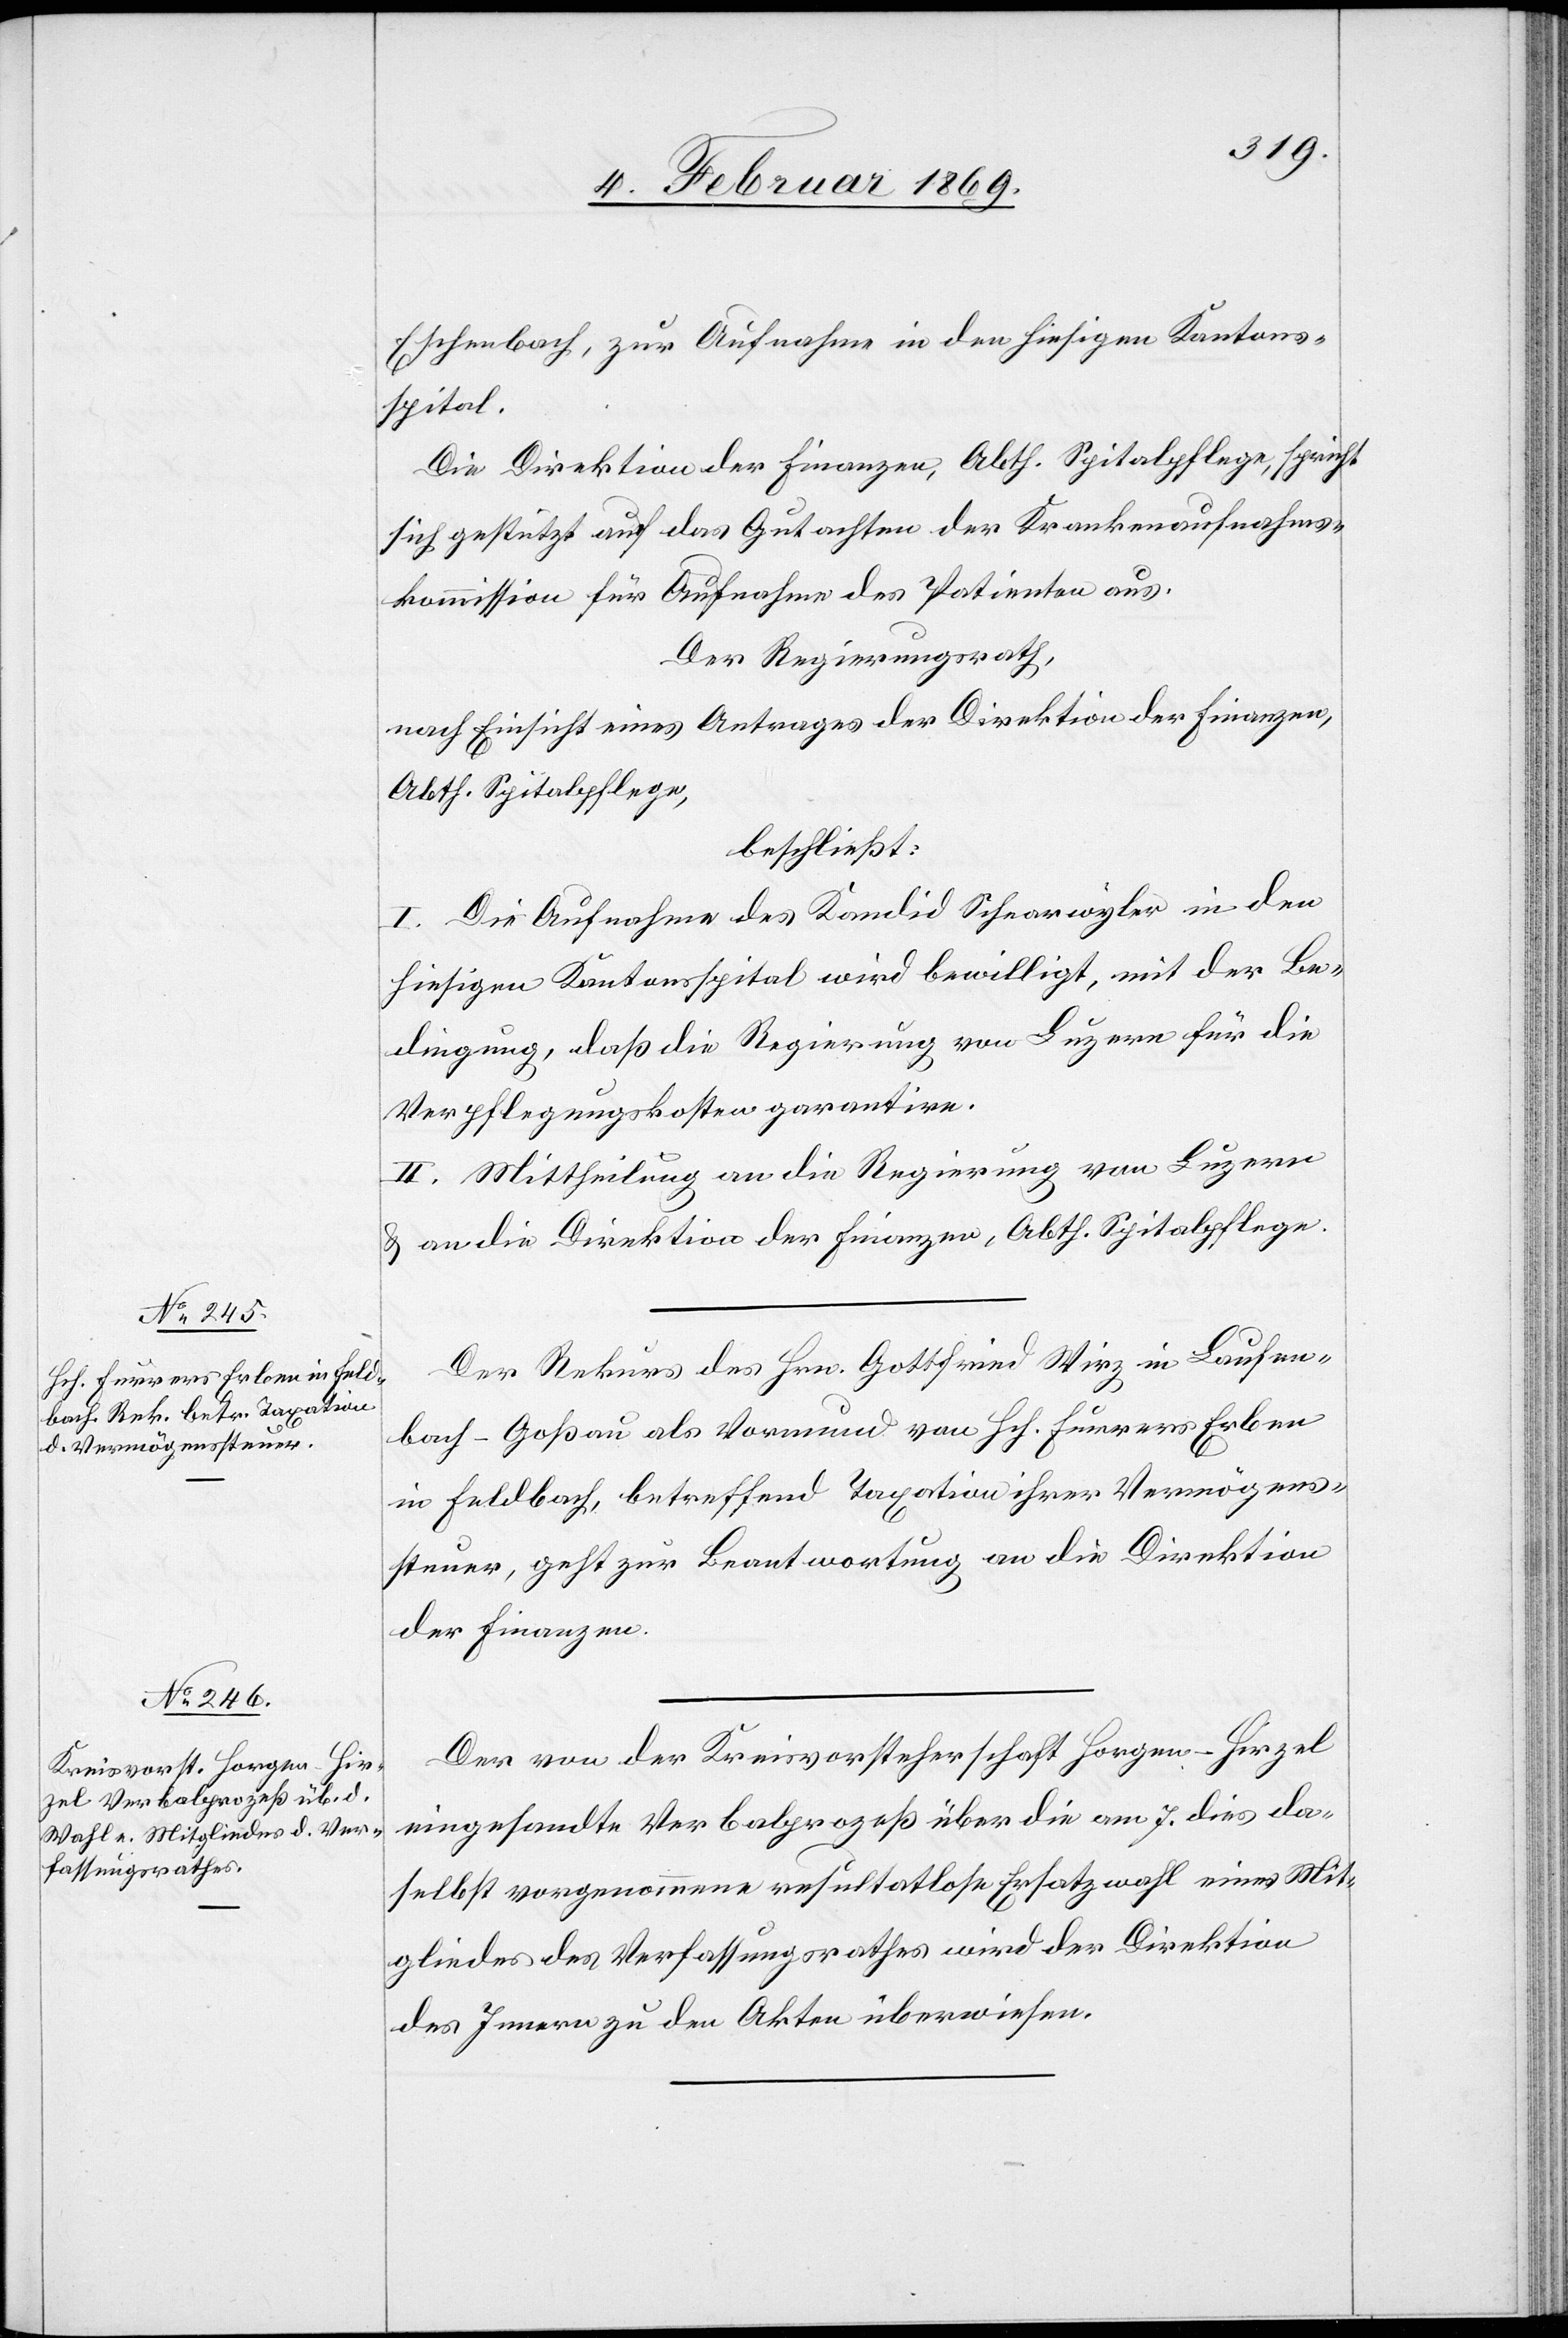
9. Februar 1869.]
Eschenbach, zur Aufnahme in den hiesigen Kantons¬
spital.
Die Direktion der Finanzen, Abth. Spitalpflege, spricht
sich gestützt auf das Gutachten der Krankenaufnahms¬
kommission für Aufnahme des Patienten aus.
Der Regierungsrath,
nach Einsicht eines Antrages der Direktion der Finanzen,
Abth. Spitalpflege,
beschließt:
I. Die Aufnahme des Kandid Schnarwyler in den
hiesigen Kantonsspital wird bewilligt, mit der Be¬
dingung, daß die Regierung von Luzern für die
Verpflegungskosten garantire.
II. Mittheilung an die Regierung von Luzern
u. an die Direktion der Finanzen, Abth. Spitalpflege.
Der Rekurs des Hrn. Gottfried Wirz in Laufen¬
bach - Goßau als Vormund von Hch. Furrers Erben
in Feldbach, betreffend Taxation ihrer Vermögens¬
steuer, geht zur Beantwortung an die Direktion
der Finanzen.
Der von der Kreisvorsteherschaft Horgen-Hirzel
eingesandte Verbalprozeß über die am 7. dies da¬
selbst vorgenommene resultatlose Ersatzwahl eines Mit¬
gliedes des Verfassungsrathes wird der Direktion
des Innern zu den Akten überwiesen.